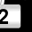
Digit: 2